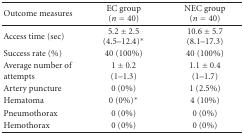
<table><thead><tr><td><b>Outcome measures</b></td><td><b>EC group (<i>n</i> = 40)</b></td><td><b>NEC group (<i>n</i> = 40)</b></td></tr></thead><tbody><tr><td>Access time (sec)</td><td>5.2 ± 2.5 (4.5–12.4)*</td><td>10.6 ± 5.7 (8.1–17.3)</td></tr><tr><td>Success rate (%)</td><td>40 (100%)</td><td>40 (100%)</td></tr><tr><td>Average number of attempts</td><td>1 ± 0.2 (1–1.3)</td><td>1.1 ± 0.4 (1–1.7)</td></tr><tr><td>Artery puncture</td><td>0 (0%)</td><td>1 (2.5%)</td></tr><tr><td>Hematoma</td><td>0 (0%)*</td><td>4 (10%)</td></tr><tr><td>Pneumothorax</td><td>0 (0%)</td><td>0 (0%)</td></tr><tr><td>Hemothorax</td><td>0 (0%)</td><td>0 (0%)</td></tr></tbody></table>